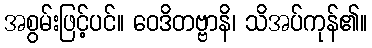
အစွမ်းဖြင့်ပင်။ ဝေဒိတဗ္ဗာနိ၊ သိအပ်ကုန်၏။